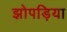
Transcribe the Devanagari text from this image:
झोपड़िया